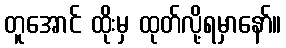
တူအောင် ထိုးမှ ထုတ်လို့ရမှာနော်။